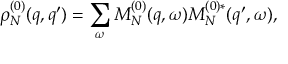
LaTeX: \rho _ { N } ^ { ( 0 ) } ( q , q ^ { \prime } ) = \sum _ { \omega } M _ { N } ^ { ( 0 ) } ( q , \omega ) M _ { N } ^ { ( 0 ) * } ( q ^ { \prime } , \omega ) ,